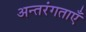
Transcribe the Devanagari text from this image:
अन्तरंगताएँ